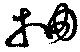
抽